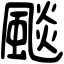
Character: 颷